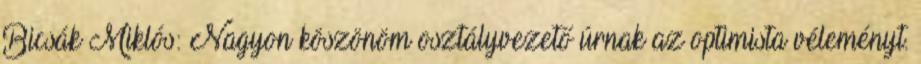
Bicsák Miklós: Nagyon köszönöm osztályvezető úrnak az optimista véleményt.